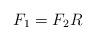
LaTeX: \begin{align*}F_1=F_2 R\end{align*}